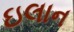
ઇલાન